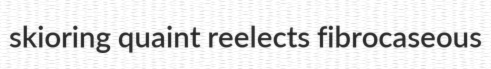
skioring quaint reelects fibrocaseous